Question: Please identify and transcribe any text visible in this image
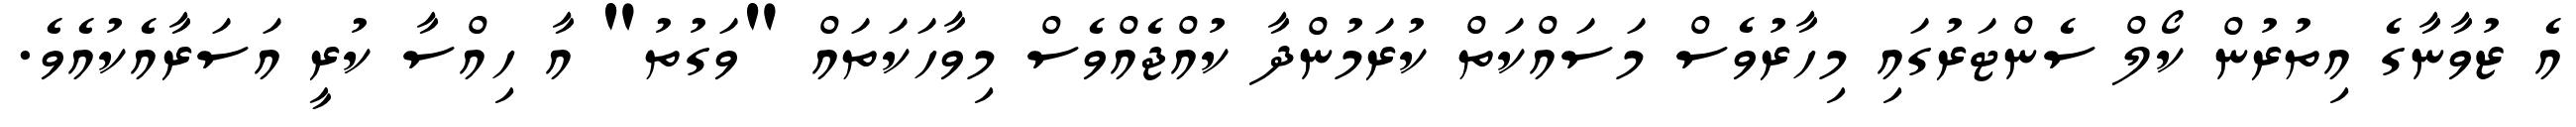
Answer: އެ ޒުވާނާގެ އިތުރުން ކޯލް ސެންޓަރުގައި މިހާރުވެސް މަސައްކަތް ކުރަމުންދާ ކުއްޖެއްވެސް މިވާހަކަތައް "ވަގުތު" އާ ހިއްސާ ކުރީ އަސަރާއެކުއެވެ.